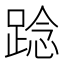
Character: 踗